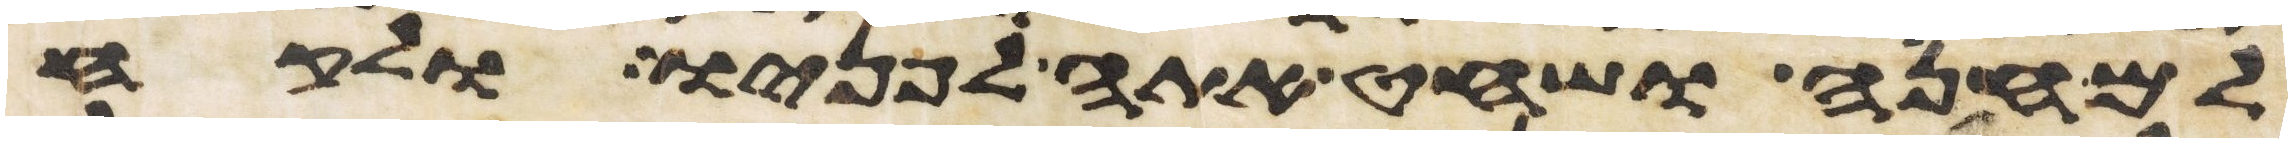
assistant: למחנה ושחט אתה לפניו ולקח